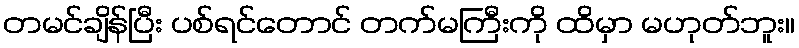
တမင်ချိန်ပြီး ပစ်ရင်တောင် တက်မကြီးကို ထိမှာ မဟုတ်ဘူး။